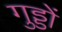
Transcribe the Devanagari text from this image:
गुड्डों